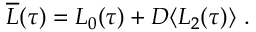
\begin{array} { r } { \overline { { L } } ( \tau ) = L _ { 0 } ( \tau ) + D \langle L _ { 2 } ( \tau ) \rangle \ . } \end{array}